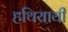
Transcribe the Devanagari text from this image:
हथियायी